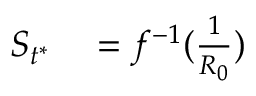
\begin{array} { r l } { S _ { t ^ { * } } } & { { } = f ^ { - 1 } ( \frac { 1 } { R _ { 0 } } ) } \end{array}